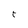
Character: t